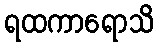
ရထကာရောသိ